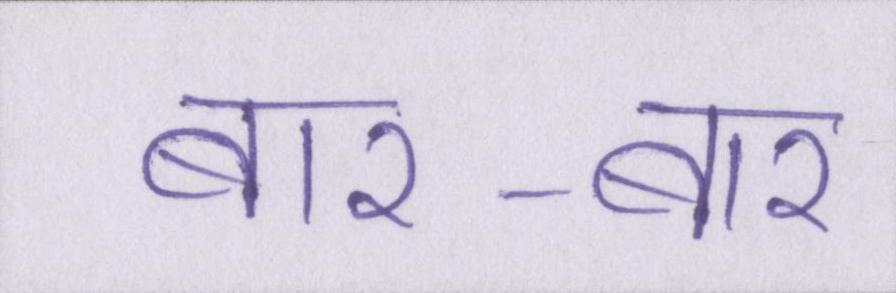
बार-बार